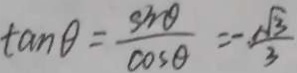
\tan \theta = \frac { \sin \theta } { \cos \theta } = - \frac { \sqrt { 3 } } { 3 }